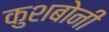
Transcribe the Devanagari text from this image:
कुशबोनी